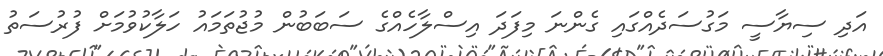
އަދި ސިޔާސީ މަގުސަދެއްގައި ގެންނަ މިފަދަ އިސްލާހެއްގެ ސަބަބުން މުޖުތަމައު ހަލާކުވުމަށް ފުރުސަތު